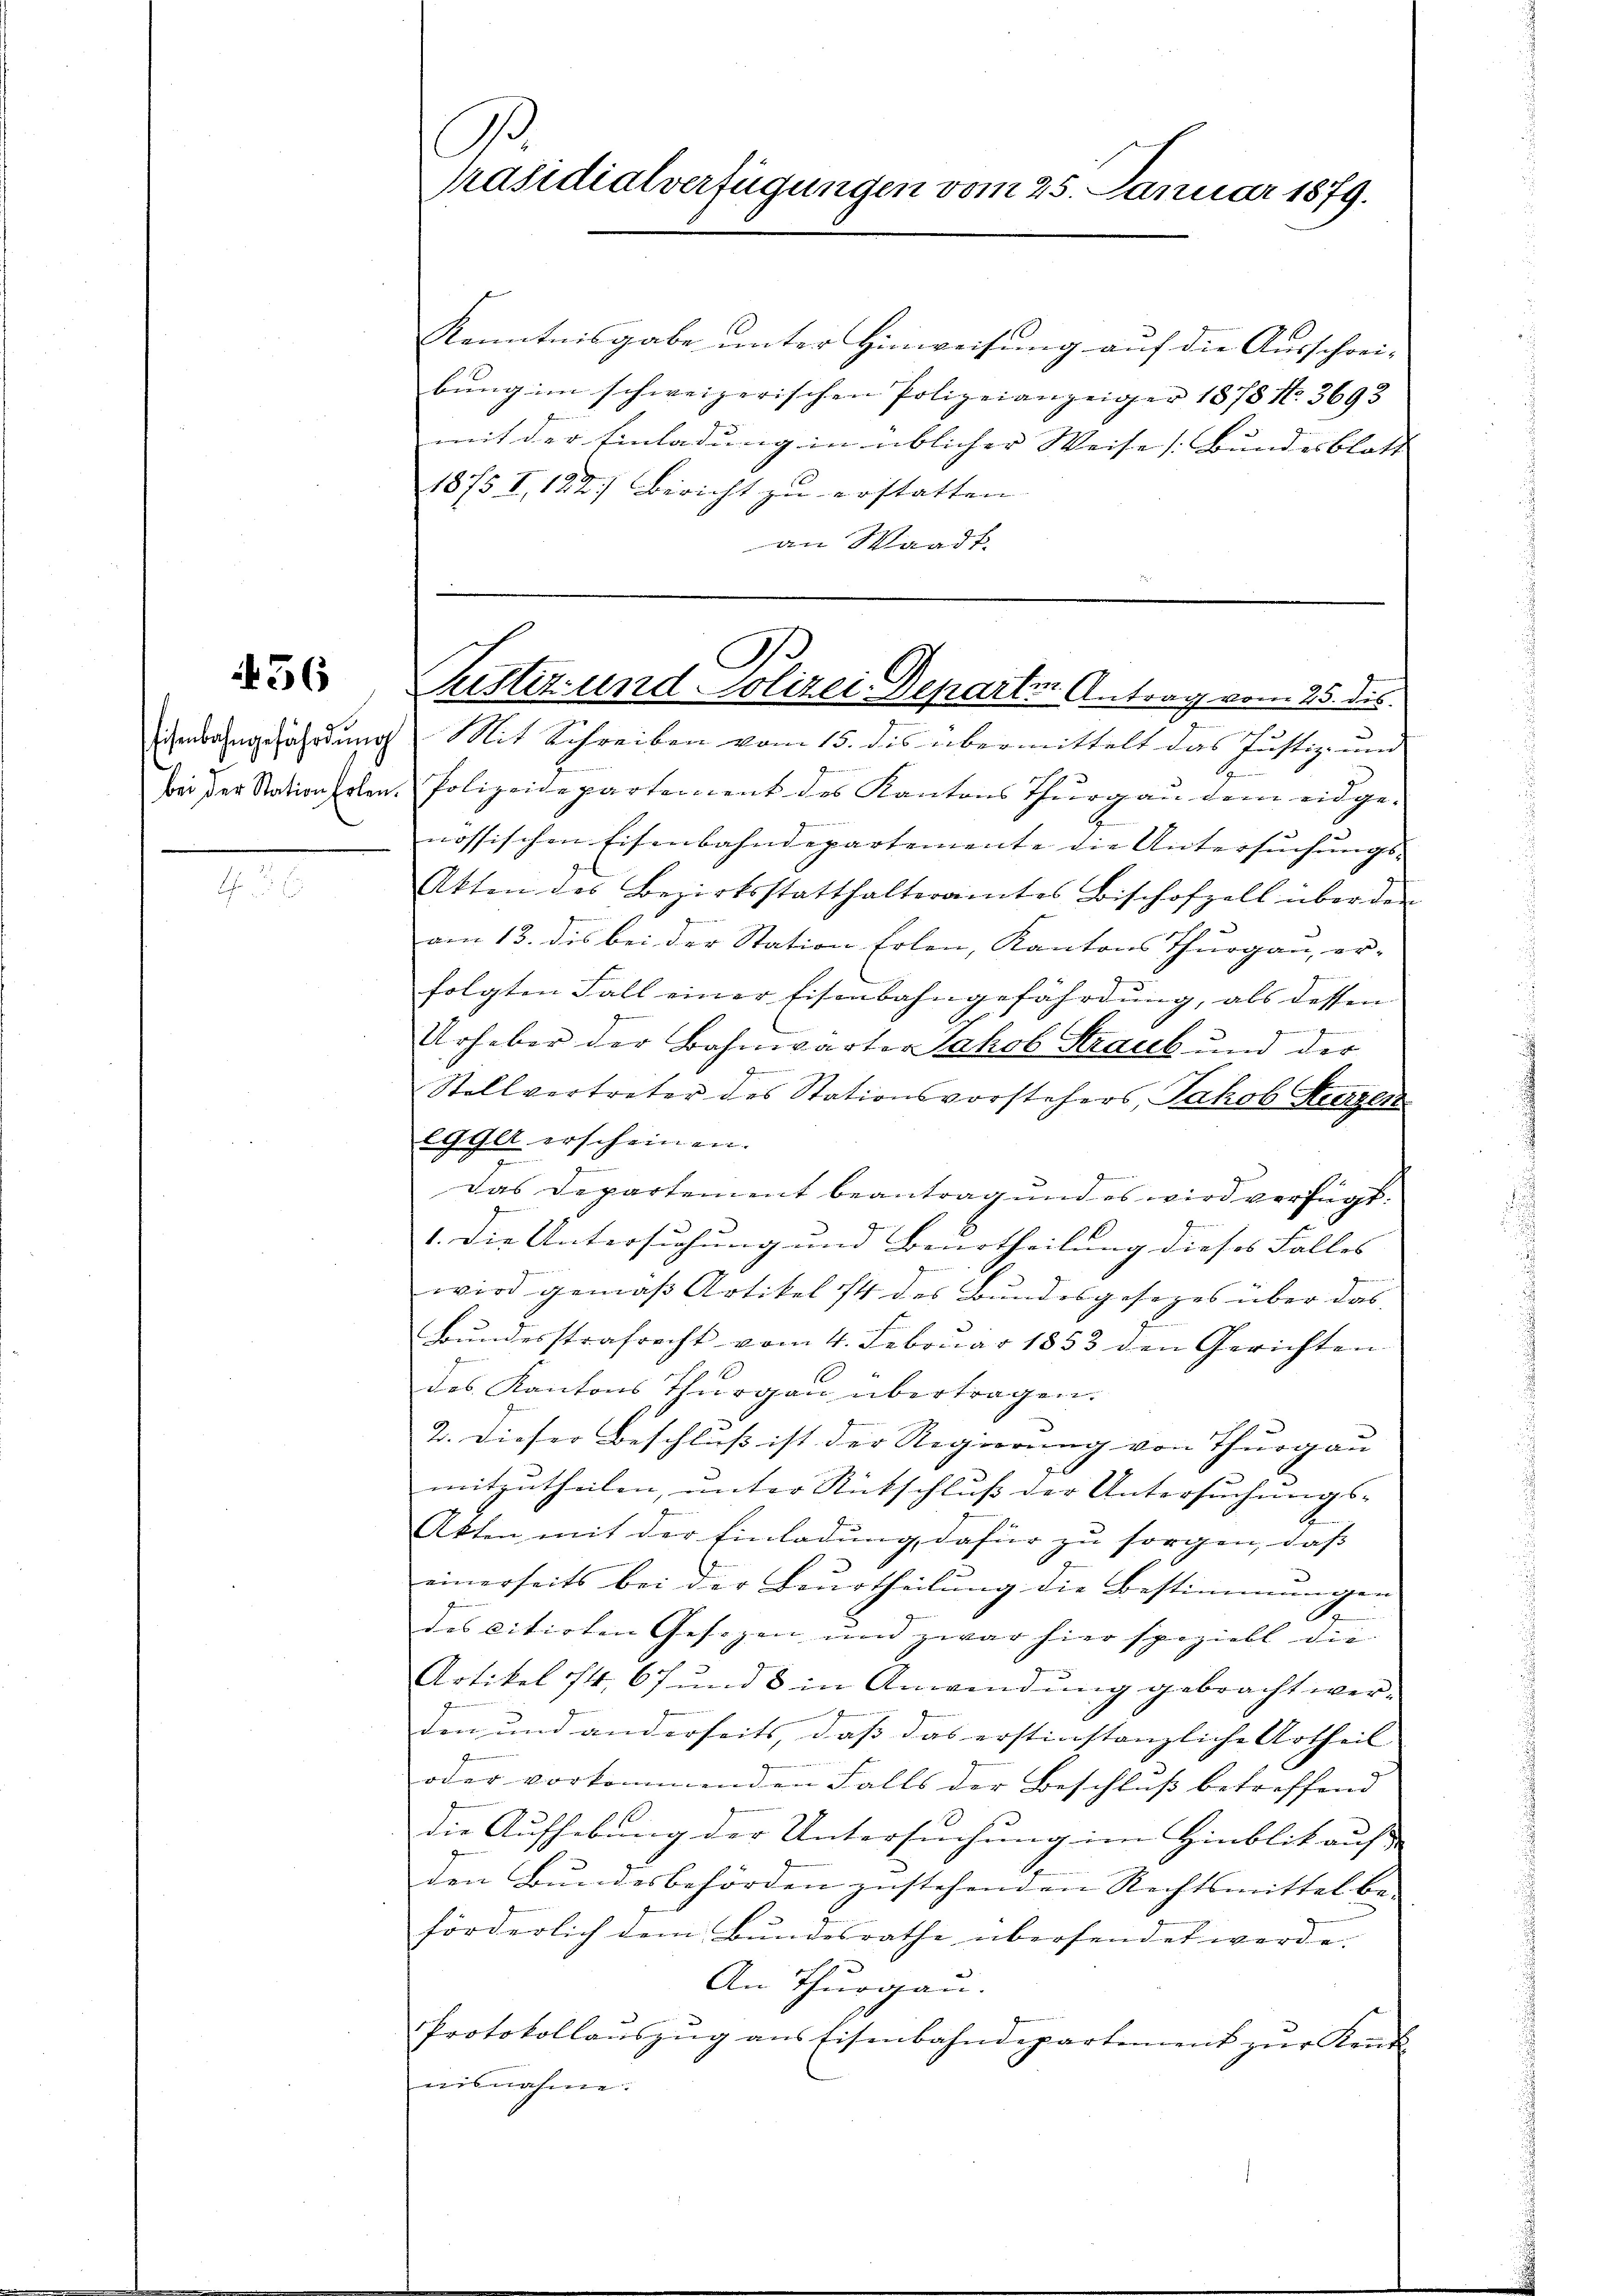
36

.

1.
Präsidialverfügungen vom 25. Januar 1879.

1
Kenntnisgabe unter Hinweisung auf die Ausschrei-
bŭng im schweizerischen Polizeianzeiger 1878 No. 3693
mit der Einladung in üblicher Weise (Bundesblatt |
1875 I, 122) Bericht zu erstatten.
an Waadt.
ichenbahngefährdung. Mit Schreiben vom 15. des übermittelt das Justiz- und
E
bei der Stationsolen, Polizeidepartement des Kantons Thurgau dem eidgenössischen Eisenbahndepartemente die Untersuchungs-
Akten des Bezirksstatthalteramtes Bischofzell über den
am 13. dis bei der Station folen, Kantons Thurgau, er-
folgten Fall einer Eisenbahngefährdung, als dessen
Urheber der Bahnwärter Jakob Straub und der
Stellvertreter des Stationsvorstehers, Jakob Herzen
egger erscheinen.
Das Departement beantrag und es wird verfügt:
1. Die Untersuchung und Beurtheilung dieses Falles
wird gemäß Artikel 14 des Bundesgesezes über das |
Bŭndesstrafrecht vom 4. Februar 1853 den Gerichten
des Kantons Thurgau übertragen.
2. Dieser Beschluß ist der Regierung von Thurgau
mitzutheilen, unter Rückschluß der Untersuchungs-
Akten mit der Einladung, dafür zu sorgen, daß
einerseits bei der Beurtheilung die Bestimmungen
e
des citirten Gesezen und zwar hier speziell die
Artikel 14. 67 und 8 in Anwendŭng gebracht wer-
den und anderseits, daß das erstinstanzliche Urtheil
oder vorkommenden Falls der Beschluß betreffend
die Aufhebung der Untersuchung im Hinblik auss
den Bundesbehörden zustehenden Rechtsmittel be-
förderlich dem Bundesrathe übersendet werde.
An Thurgau.
Protokollauszug aus Eisenbahndepartement zur Kent
aisnahme.

C
Rustiz und Polizei Departen Antrag vom 25. des
e